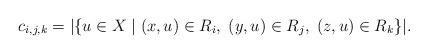
LaTeX: \begin{align*}c_{i,j,k}=|\{u\in X\mid (x,u)\in R_i,\;(y,u)\in R_j,\;(z,u)\in R_k\}|.\end{align*}